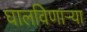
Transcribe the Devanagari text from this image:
घालविणार्‍या